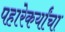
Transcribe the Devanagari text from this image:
पहारेकर्यांचा